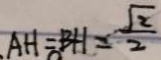
A H = B H = \frac { \sqrt { 2 } } { 2 }